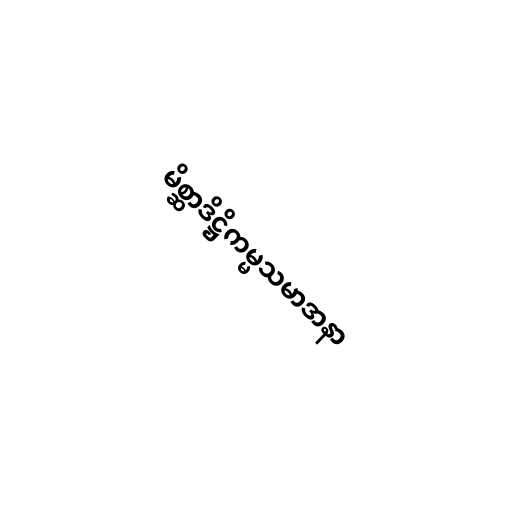
မိစ္ဆာဒိဋ္ဌိကမ္မသမာဒာနာ